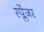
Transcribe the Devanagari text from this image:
स्प्लेंजर